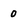
Character: 0